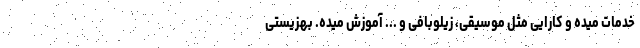
خدمات میده و کارایی مثل موسیقی، زیلوبافی و ... آموزش میده. بهزیستی